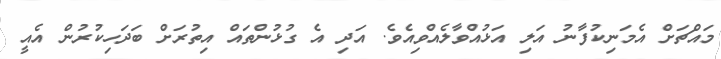
މައްޗަށް އެމަނިކުފާނު އަލި އަޅުއްވާލެއްވިއެވެ. އަދި އެ ގުޅުންތައް އިތުރަށް ބަދަހިކުރުން އެއީ